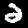
Label: 2